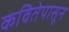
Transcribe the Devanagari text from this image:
कवितेपासून